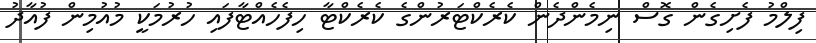
ފިލްމު ފެށިގެން ގޮސް ނިމެންދެން ކެރެކްޓަރުންގެ ކެރެކްޓާ ހިފެހެއްޓާފައި ހުރުމަކީ މުއުމިން ފުއާދު